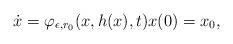
LaTeX: \begin{align*} \dot x = \varphi_{\epsilon, r_0}(x, h(x),t) x(0)=x_0, \end{align*}